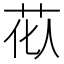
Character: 𫇹